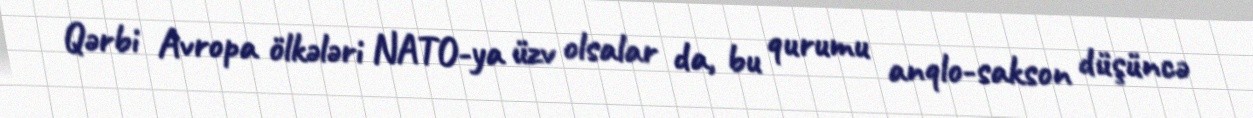
Qərbi Avropa ölkələri NATO-ya üzv olsalar da, bu qurumu anqlo-sakson düşüncə